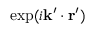
\exp ( i \mathbf { k } ^ { \prime } \cdot \mathbf { r } ^ { \prime } )